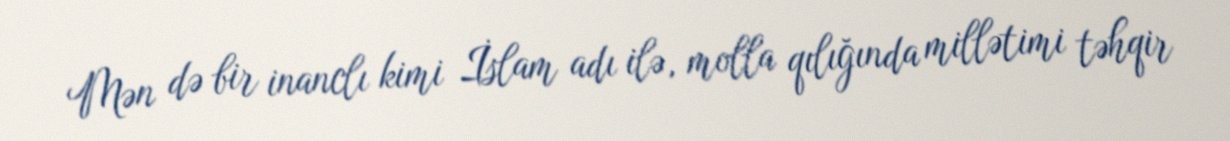
Mən də bir inanclı kimi İslam adı ilə, molla qılığında millətimi təhqir